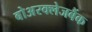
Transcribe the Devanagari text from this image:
बोअरक्लेजबैंक